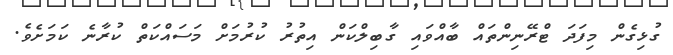
ގުޅިގެން މިފަދަ ޓްރޭނިންތައް ބާއްވައި ގާބިލްކަން އިތުރު ކުރުމަށް މަސައްކަތް ކުރާނެ ކަމަށެވެ.